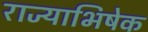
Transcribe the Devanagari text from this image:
राज्‍याभिषेक